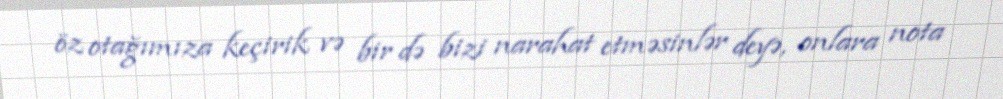
öz otağımıza keçirik və bir də bizi narahat etməsinlər deyə, onlara nota